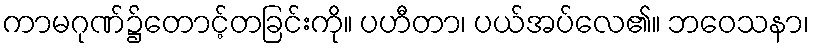
ကာမဂုဏ်၌တောင့်တခြင်းကို။ ပဟီတာ၊ ပယ်အပ်လေ၏။ ဘဝေသနာ၊